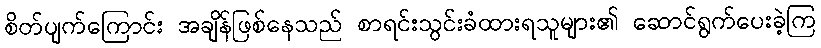
စိတ်ပျက်ကြောင်း အချိန်ဖြစ်နေသည် စာရင်းသွင်းခံထားရသူများ၏ ဆောင်ရွက်ပေးခဲ့ကြ